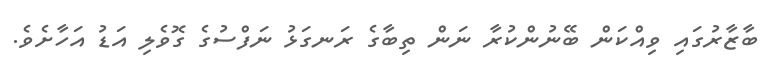
ބާޒާރުގައި ވިއްކަން ބޭނުންކުރާ ނަން ތިބާގެ ރަނގަޅު ނަފްސުގެ ގޮވެލި އަޑު އަހާށެވެ.